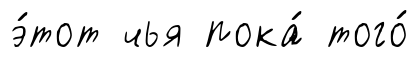
э́тот чья пока́ того́